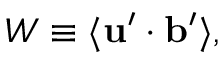
W \equiv \langle { { \bf { u } } ^ { \prime } \cdot { \bf { b } } ^ { \prime } } \rangle ,